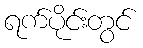
ရက်ပိုင်းတွင်